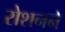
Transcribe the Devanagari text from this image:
रोशनने